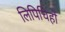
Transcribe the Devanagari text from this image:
लिपिचिहों